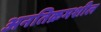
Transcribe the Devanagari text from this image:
अनतिक्रमशील